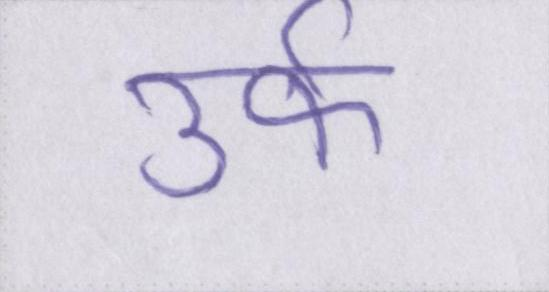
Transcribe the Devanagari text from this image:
उर्फ